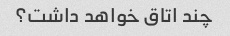
چند اتاق خواهد داشت؟